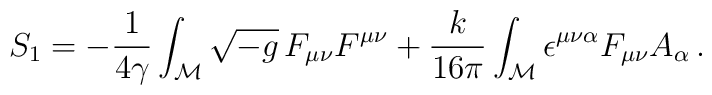
S_1=-\frac{1}{4\gamma}\int_{\cal M}\sqrt{-g}\,F_{\mu\nu}F^{\mu\nu}  + \frac{k}{16\pi}\int_{\cal M}\epsilon^{\mu\nu\alpha}F_{\mu\nu}A_\alpha\, .